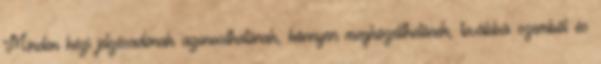
Minden kézi jelzésadónak azonosíthatónak, könnyen megközelíthetõnek, továbbá szembõl és